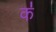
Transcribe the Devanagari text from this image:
क॑